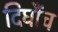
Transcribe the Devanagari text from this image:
दिघौंच